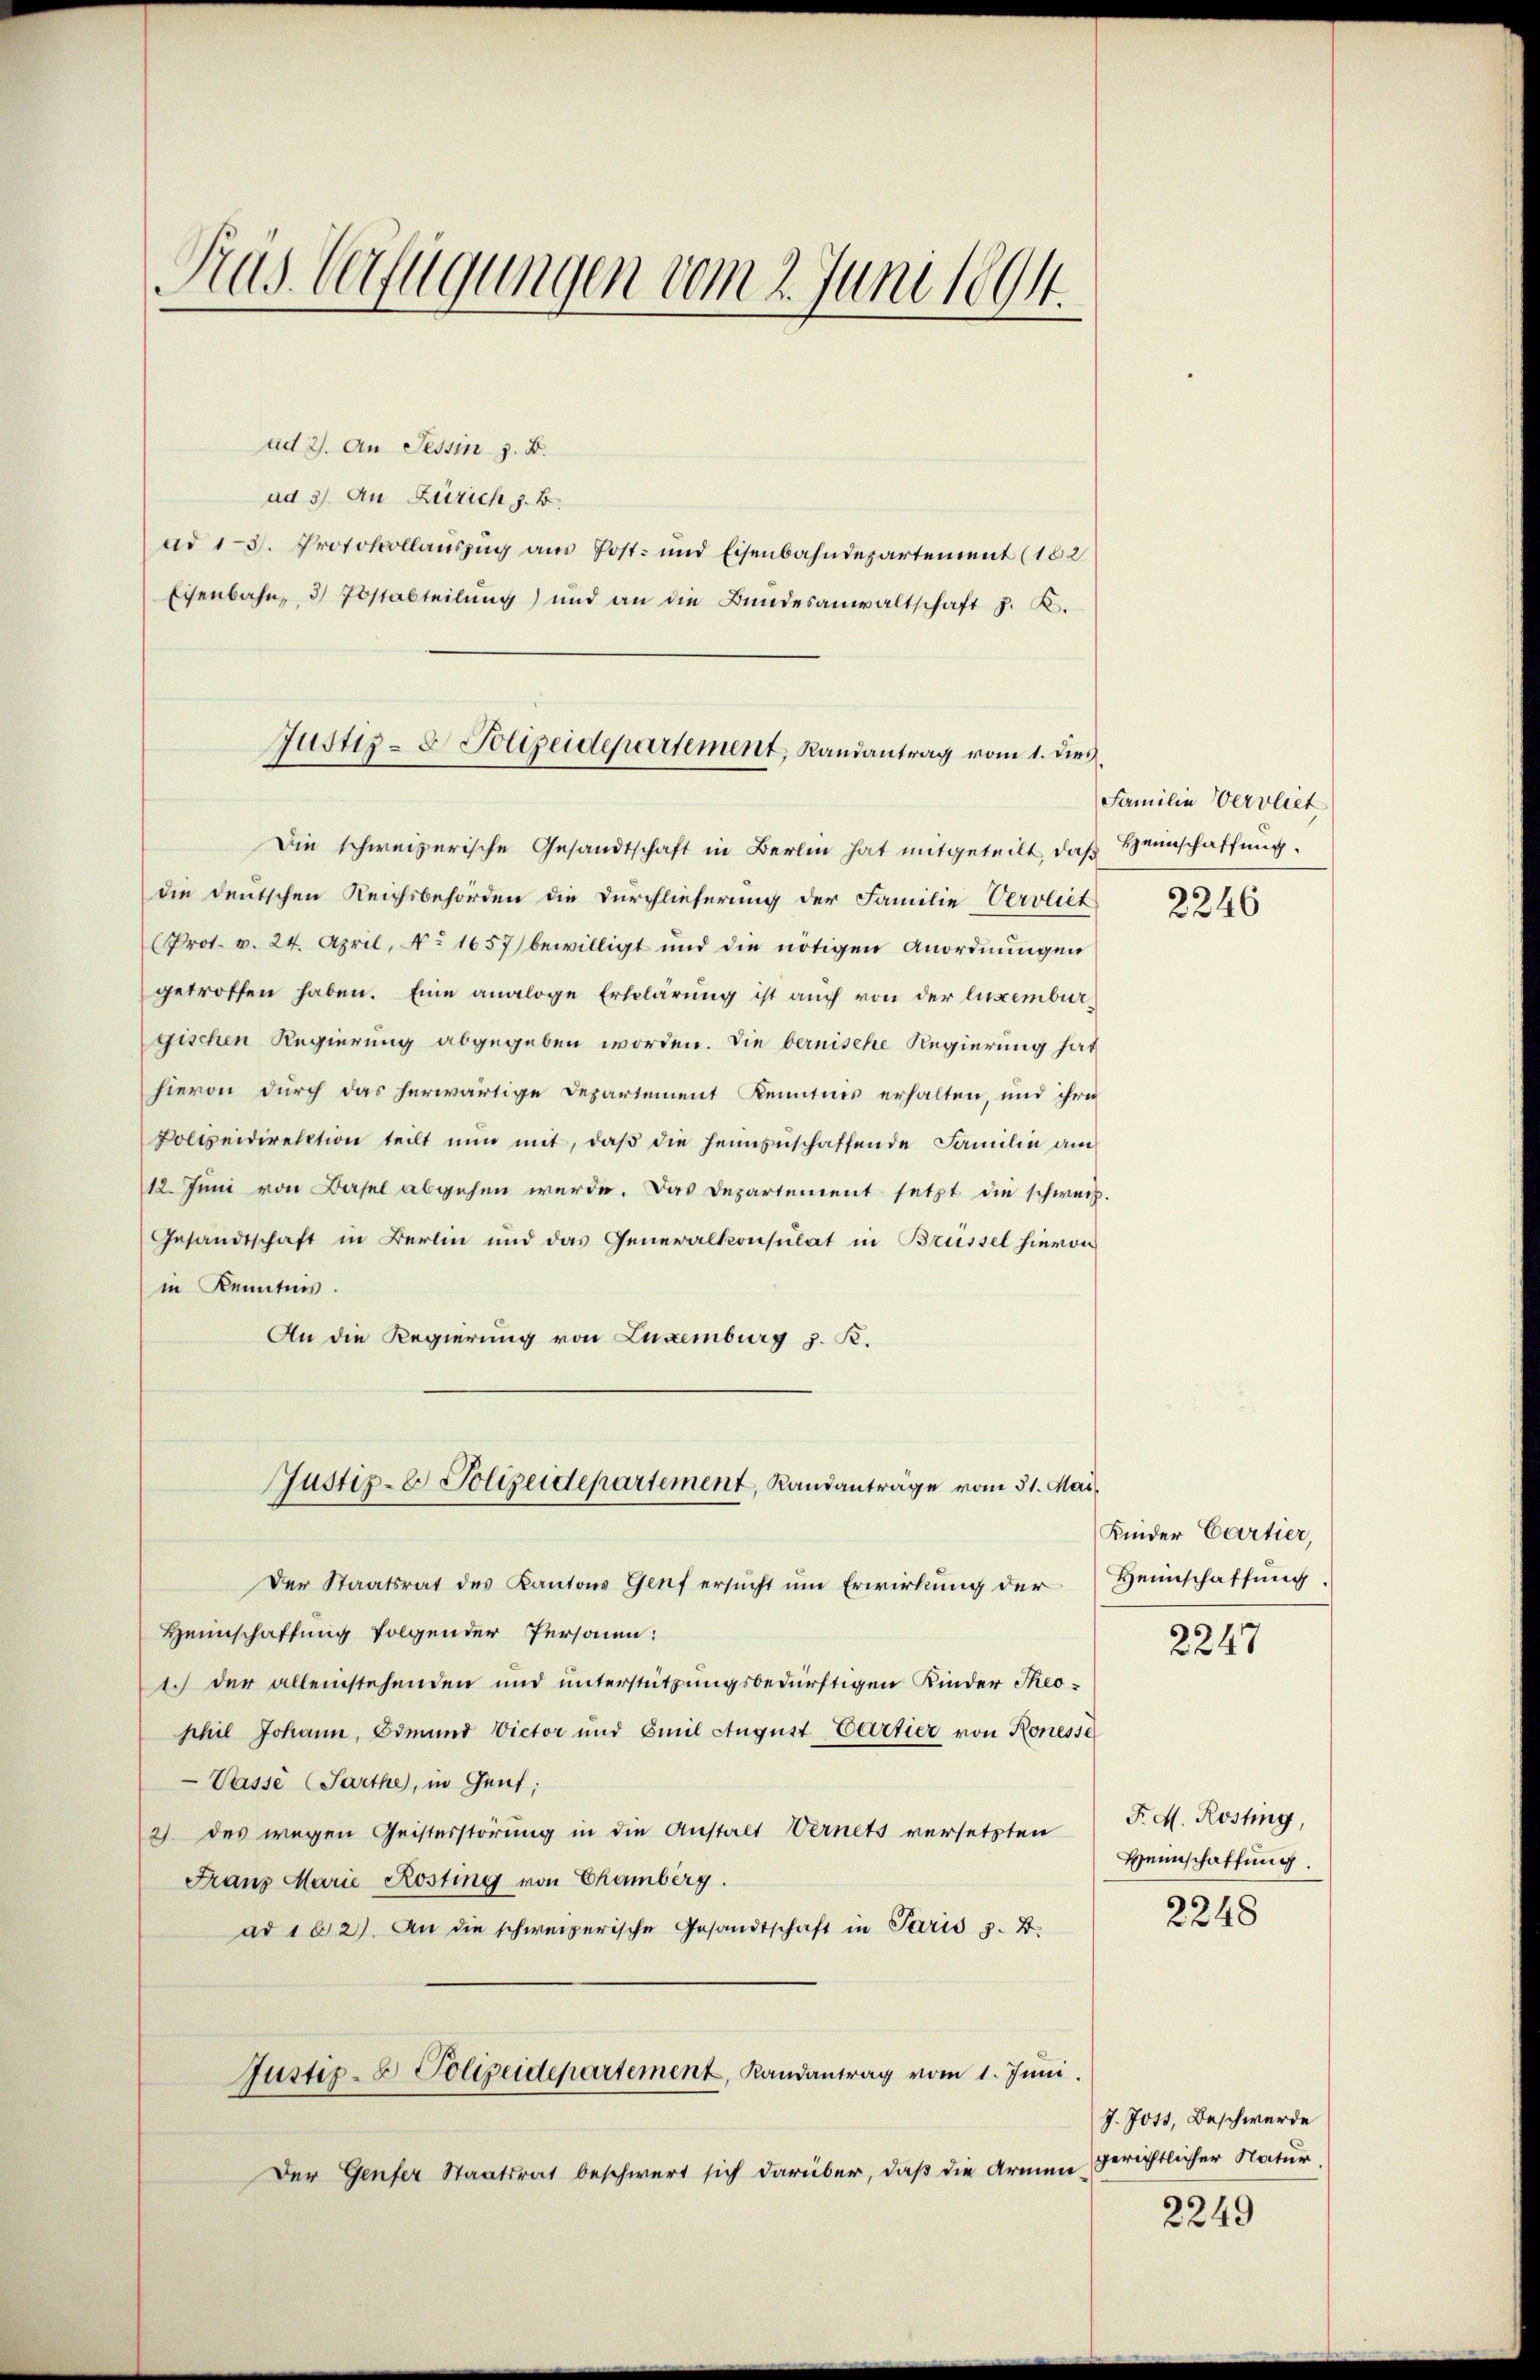
Pas Verfügungen vom 2. Juni 1894.

ad 2. An Tessin z. B.
ad 3) An Zürich z. B.
ad 13. Protokollaŭszŭg aŭs Post- und Eisenbahndepartement (182
Eisenbahn, 3) Postabteilung) und an die Bundesanwaltschaft z. K.

Justiz- & Polizeidepartement, Randantrag vom 1. dies

Die schweizerische Gesandtschaft in Berlin hat mitgeteilt, daß Heimschaffung
die deutschen Reichsbehörden die Durchlieferung der Familie Vervliet
Prot. v. 24. April, No 1657) bewilligt und die nötigen Anordnungen
getroffen haben. Eine analoge Erklärung ist auch von der luxemburgischen Regierung abgegeben worden. Die bernische Regierung hat
hievon durch das herwärtige Departement Kenntnis erhalten, und ihre
Polteidirektion teilt nŭn mit, daβ die heimzuschaffende Familie am
12. Juni von Basel abgehen werde. Das Departement setzt die schweiz.
Gesandtschaft in Berlin und das Generalkonsulat in Brüssel hievon
in Kenntnis.
An die Regierung von Luxenburg z. K.
Der Staatsrat des Kantons Genf ersŭcht ŭm Erwirkung der Heimschaffung.
Heimschaftung folgender Personen:
1.) Der alleinstehenden und unterstützungsbedürftigen Kinder Theophil Johann, Odmund Victor und Emil Aŭgŭst Cartier von Konesse
Pässe (Sarthe, in Genf;
2) des wegen Geisterstörung in die Anstalt Wernets versetzten P. M. Kosting,
Franz Marie Kosting von Chamberg.
ad 1 b 2). An die schweizerische Gesandtschaft in Paris z. B.
Justiz- & Polizeidepartement, Randantrag vom 1. Juni.
Der Genfer Staatsrat beschwert sich darüber, daß die Armen-

Justiz- & Polizeidepartement, Randanträge vom 31. Mai

Familie Vervliet

2246

Kinder Cartier,

2247

Hennschaffung.
2248

J. Jost, Beschwerde
gerichtlicher Natur.

2249